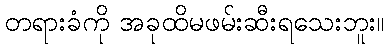
တရားခံကို အခုထိမဖမ်းဆီးရသေးဘူး။